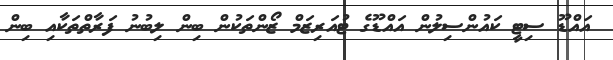
އައްޑޫ ސިޓީ ކައުންސިލުން އައްޑޫގެ ޓުއަރިޒަމް ޒޯންތަކުން ބިން ލިބުނު ފަރާތްތަކާއި ބިން